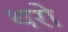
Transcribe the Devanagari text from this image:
थरो